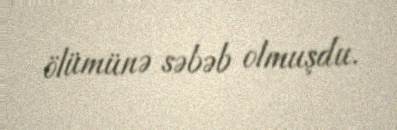
ölümünə səbəb olmuşdu.